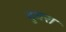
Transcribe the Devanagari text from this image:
दुवरा